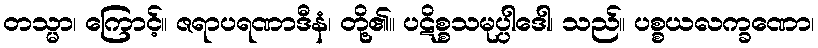
တသ္မာ၊ ကြောင့်။ ဇရာပရဏာဒီနံ၊ တို့၏။ ပဋိစ္စသမုပ္ပါဒေါ၊ သည်။ ပစ္စယလက္ခဏော၊